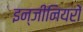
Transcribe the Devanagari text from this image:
इन्जीनियरों